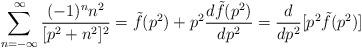
LaTeX: \begin{align*}\sum^{\infty}_{n=-\infty} {{(-1)^n n^2}\over{[p^2 + n^2]^2}}={\tilde f}(p^2) + p^2{{d{\tilde f}(p^2)}\over {d p^2}} ={ d\over{dp^2}} [p^2{\tilde f}(p^2)]\end{align*}